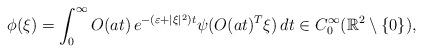
LaTeX: \begin{align*}\phi(\xi)=\int_0^\infty O(at)\,e^{-(\varepsilon +|\xi|^2)t}\psi(O(at)^T\xi)\,dt\in C_0^\infty(\mathbb R^2\setminus\{0\}),\end{align*}